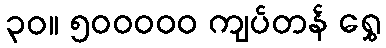
၃၀။ ၅၀၀၀၀၀ ကျပ်တန် ရွှေ